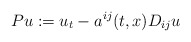
\begin{align*}Pu:=u_t-a^{ij}(t,x) D_{ij}u\end{align*}